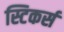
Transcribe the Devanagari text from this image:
स्टिकर्स